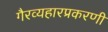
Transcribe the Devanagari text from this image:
गैरव्यहारप्रकरणी